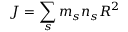
J = \sum _ { s } m _ { s } n _ { s } R ^ { 2 }